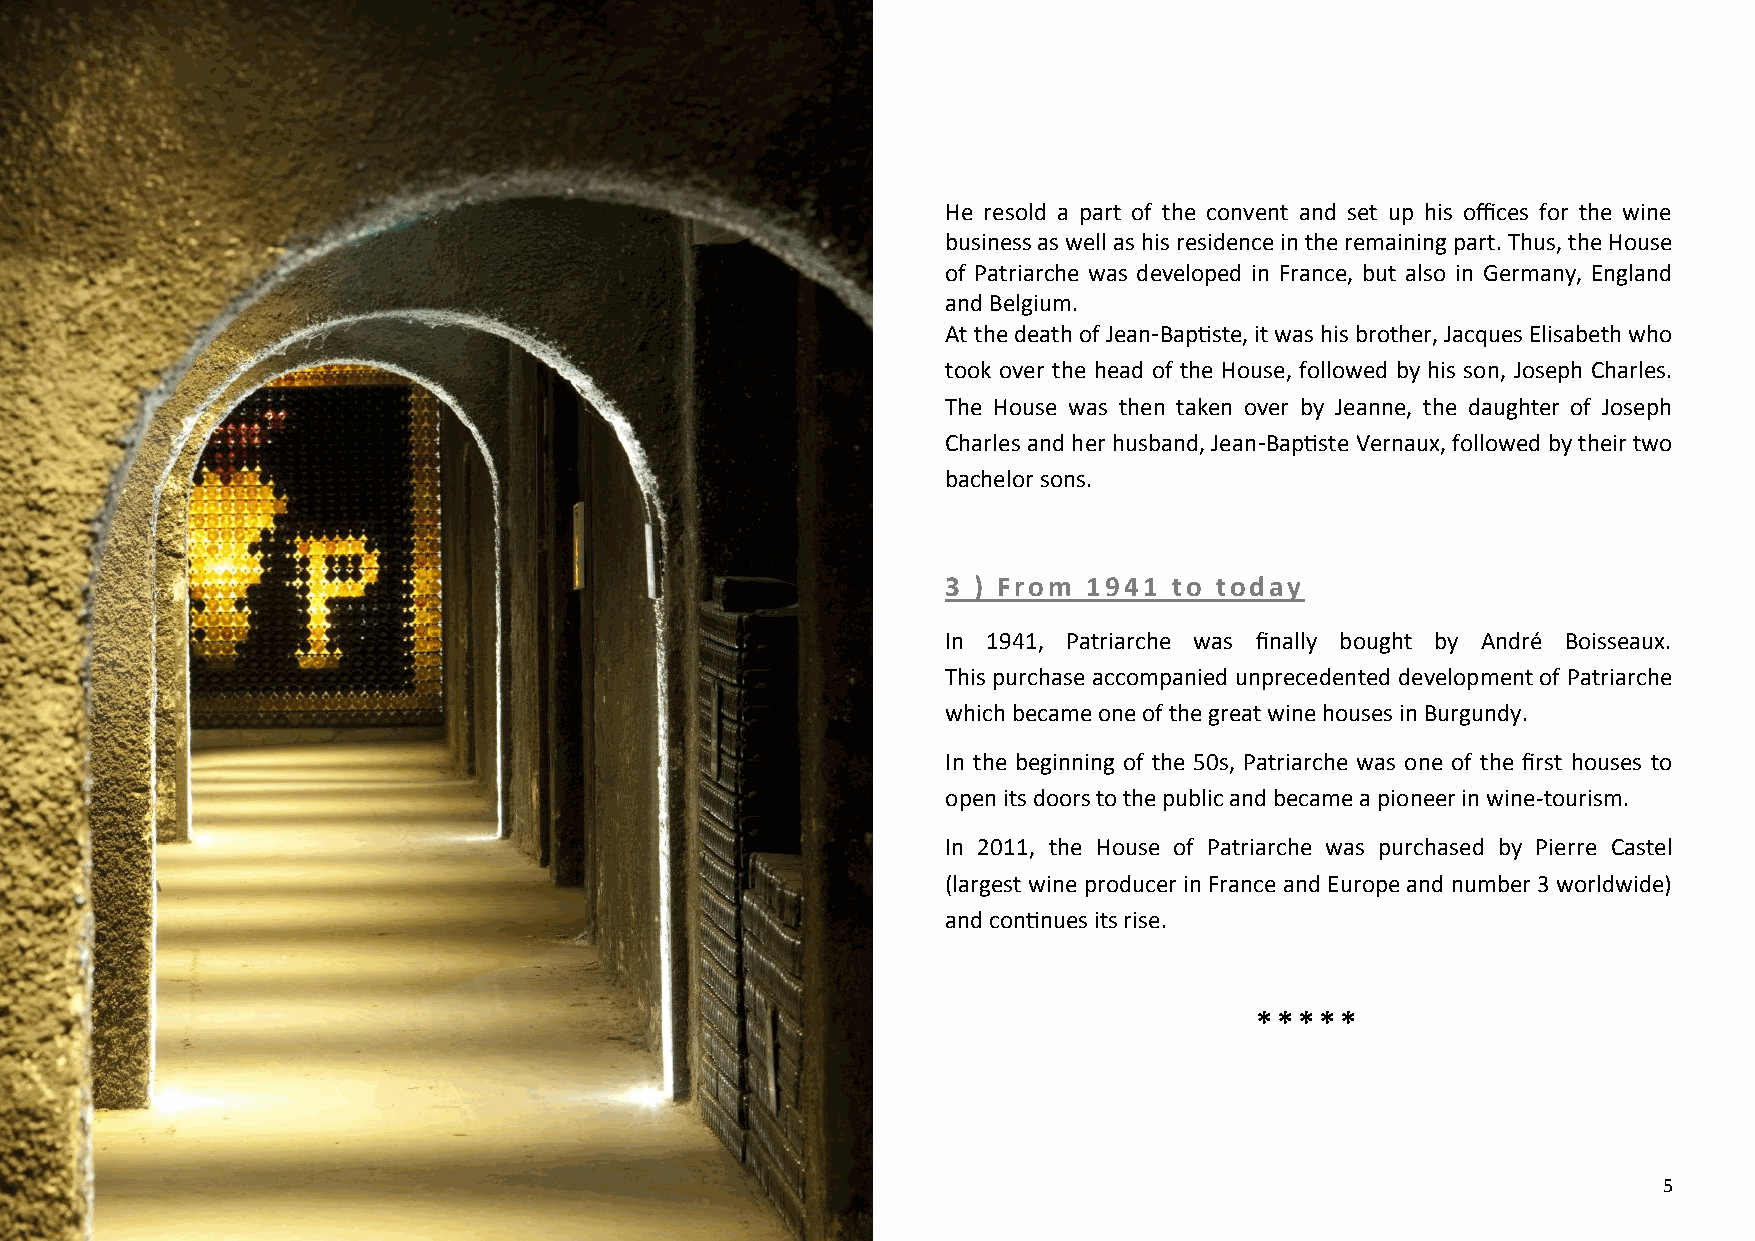
He resold a part of the convent and set up his offices for the wine
 business as well as his residence in the remaining part. Thus, the House
 of Patriarche was developed in France, but also in Germany, England
 and Belgium.
 At the death of Jean-Baptiste, it was his brother, Jacques Elisabeth who
 took over the head of the House, followed by his son, Joseph Charles.
 The House was then taken over by Jeanne, the daughter of Joseph
 Charles and her husband, Jean-Baptiste Vernaux, followed by their two
 bachelor sons.
 3 ) From 1941  to today
 In 1941, Patriarche was finally bought by André Boisseaux.
 This purchase accompanied unprecedented development of Patriarche
 which became one of the great wine houses in Burgundy.
 In the beginning of the 50s, Patriarche was one of the first houses to
 open its doors to the public and became a pioneer in wine-tourism.
 In 2011, the House of Patriarche was purchased by Pierre Castel
 (largest wine producer in France and Europe and number 3 worldwide)
 and continues its rise.
 *****
 5